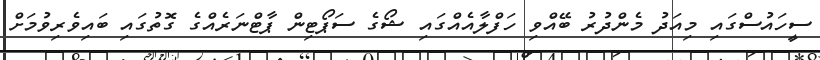
ސީހައުސްގައި މިއަދު މެންދުރު ބޭއްވި ހަފްލާއެއްގައި ޝޯގެ ސަޕޯޓިން ޕާޓްނަރެއްގެ ގޮތުގައި ބައިވެރިވުމަށް